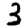
Digit: 3